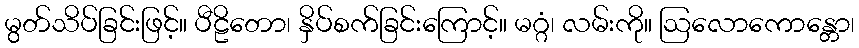
မွတ်သိပ်ခြင်းဖြင့်။ ပီဠိတော၊ နှိပ်စက်ခြင်းကြောင့်။ မဂ္ဂံ၊ လမ်းကို။ ဩလောကောန္တော၊